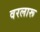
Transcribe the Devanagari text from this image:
वरलारू